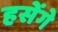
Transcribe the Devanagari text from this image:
हसेंगे